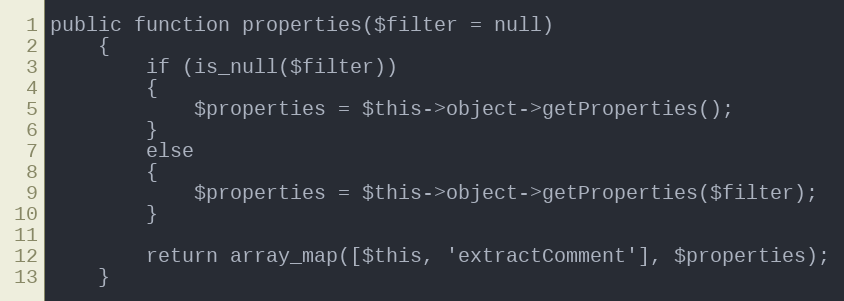
Language: PHP
public function properties($filter = null)
    {
        if (is_null($filter))
        {
            $properties = $this->object->getProperties();
        }
        else
        {
            $properties = $this->object->getProperties($filter);
        }

        return array_map([$this, 'extractComment'], $properties);
    }